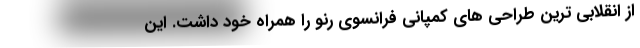
از انقلابی ترین طراحی های کمپانی فرانسوی رنو را همراه خود داشت. این